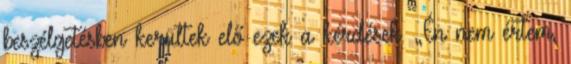
beszélgetésben kerültek elő ezek a kérdések. „Én nem értem,